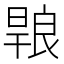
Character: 𭧄